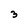
Character: 3